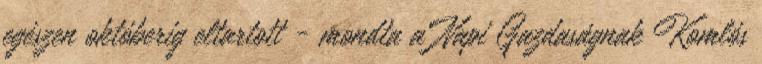
egészen októberig eltartott - mondta a Napi Gazdaságnak Komlós